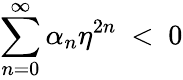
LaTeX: \sum_{n=0}^{\infty}\alpha_{n}\eta^{2n}~<~0